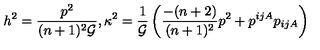
h ^ { 2 } = \frac { p ^ { 2 } } { ( n + 1 ) ^ { 2 } { \cal G } } , \kappa ^ { 2 } = \frac { 1 } { { \cal G } } \left( \frac { - ( n + 2 ) } { ( n + 1 ) ^ { 2 } } p ^ { 2 } + p ^ { i j A } p _ { i j A } \right)